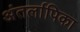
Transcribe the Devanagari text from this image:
अंतर्लापिका